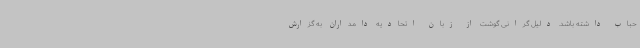
حباب داشته باشد. دلیل گرانی گوشت از زبان اتحادیه دامداران به گزارش